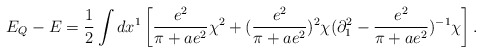
\begin{align*}E_Q -E ={1\over 2}\int dx^1\left[{e^2\over \pi+ae^2}\chi^2 +({e^2\over\pi +ae^2})^2\chi(\partial_1^2 -{e^2\over \pi+ae^2})^{-1}\chi\right].\end{align*}